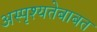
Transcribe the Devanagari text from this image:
अस्पृश्यतेबाबत